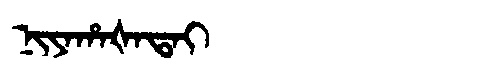
Manchu: ᠨᡳᠶᠠᡥᠠᡧᠠᡨᠠᡳ
Romanization: NIYAHAŠATAI